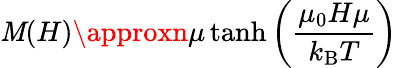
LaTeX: \mathit{M}(H)\approxn\mu\operatorname{tanh}\left({\frac{{\mu_{0}H\mu}}{{k_{\mathrm{{B}}}T}}}\right)